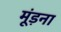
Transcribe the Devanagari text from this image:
मूंड़ना